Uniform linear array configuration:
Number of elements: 16
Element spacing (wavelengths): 0.75
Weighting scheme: hann
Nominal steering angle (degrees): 15
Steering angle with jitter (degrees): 16.173
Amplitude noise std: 0.05
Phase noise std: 0.05

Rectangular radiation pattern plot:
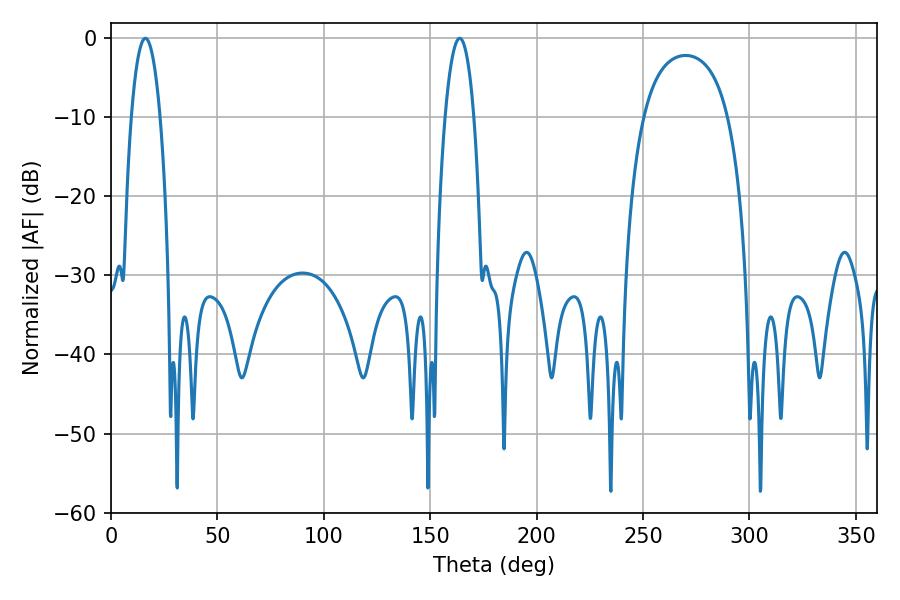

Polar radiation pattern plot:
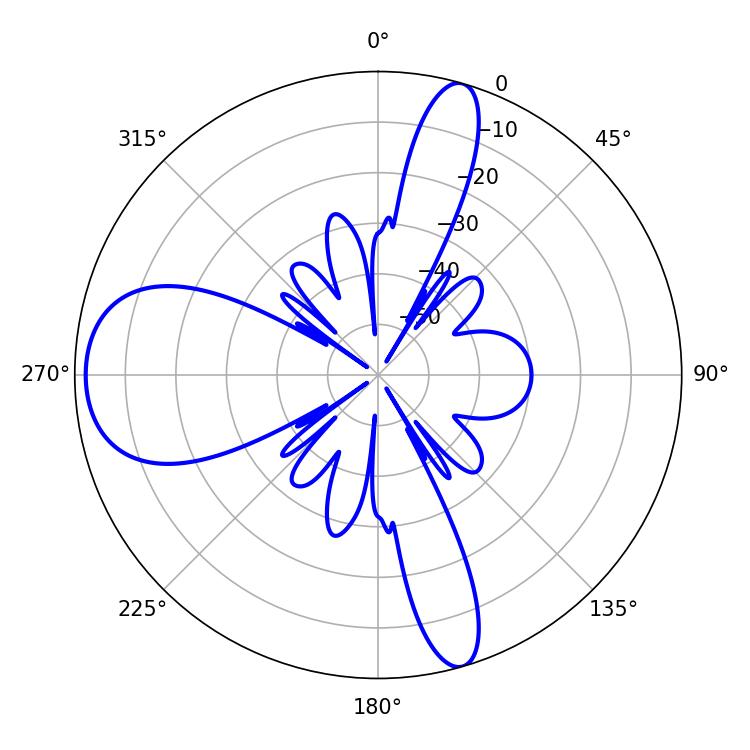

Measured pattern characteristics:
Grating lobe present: TRUE
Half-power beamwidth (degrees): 7.56
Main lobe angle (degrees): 163.8